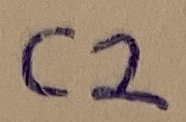
Text: C2